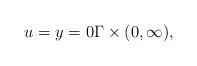
LaTeX: \begin{align*}u=y=0\Gamma\times (0,\infty),\end{align*}